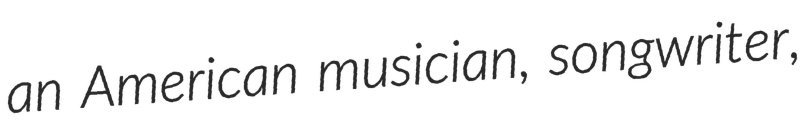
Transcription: an American musician, songwriter,